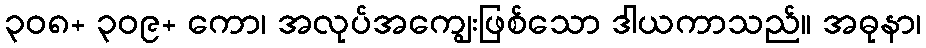
၃၀၈+ ၃၀၉+ ကော၊ အလုပ်အကျွေးဖြစ်သော ဒါယကာသည်။ အဓုနာ၊